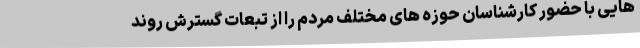
هایی با حضور کارشناسان حوزه های مختلف مردم را از تبعات گسترش روند